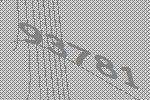
93781